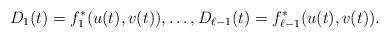
LaTeX: \begin{align*}D_1 (t) = f_1^*(u(t),v(t)), \dots, D_{\ell-1} (t) =f_{\ell-1} ^*(u(t),v(t)).\end{align*}